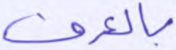
بالعرف